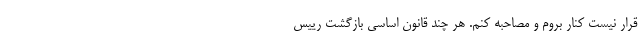
قرار نیست کنار بروم و مصاحبه کنم. هر چند قانون اساسی بازگشت رییس